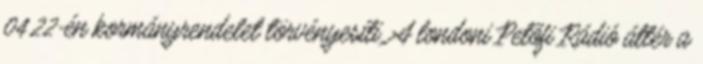
04.22-én kormányrendelet törvényesíti. A londoni Petõfi Rádió áttér a